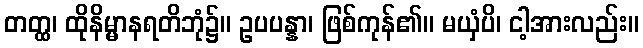
တတ္ထ၊ ထိုနိမ္မာနရတိဘုံ၌။ ဥပပန္နာ၊ ဖြစ်ကုန်၏။ မယှံပိ၊ ငါ့အားလည်း။